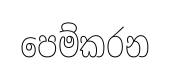
පෙම්කරන